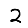
Digit: 2